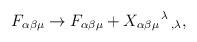
LaTeX: \begin{align*}F_{\alpha\beta\mu}\rightarrow F_{\alpha\beta\mu} +X_{\alpha\beta\mu}{}^{\,\lambda}{}_{\,,\lambda},\end{align*}